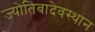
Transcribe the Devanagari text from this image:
ज्योतिबादेवस्थान